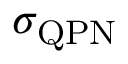
\sigma _ { \mathrm { Q P N } }